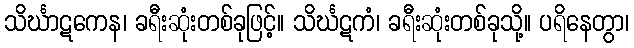
သိင်္ဃာဋကေန၊ ခရီးဆုံးတစ်ခုဖြင့်။ သိင်္ဃဋကံ၊ ခရီးဆုံးတစ်ခုသို့။ ပရိနေတွာ၊